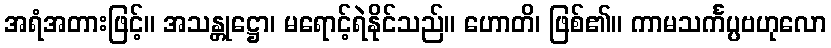
အရံအတားဖြင့်။ အသန္တုဋ္ဌော၊ မရောင့်ရဲနိုင်သည်။ ဟောတိ၊ ဖြစ်၏။ ကာမသင်္ကပ္ပဗဟုလော